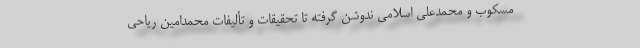
مسکوب و محمدعلی اسلامی ندوشن گرفته تا تحقیقات و تألیفات محمدامین ریاحی